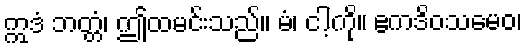
ဣဒံ ဘတ္တံ၊ ဤထမင်းသည်။ မံ၊ ငါ့ကို။ ဧကဒိဝသမေဝ၊